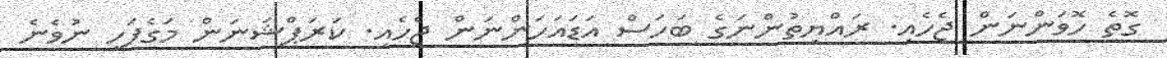
ގޮތެ ހޮވަންނަން ޖެހެއި. ރައްޔިތުންނަގެ ބަހަސް އަޑައަހަންނަން ޖެހެއި. ކަރަޕްޝަނަން މަގެފަހި ނުވެނެ